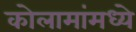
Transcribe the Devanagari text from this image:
कोलामांमध्ये